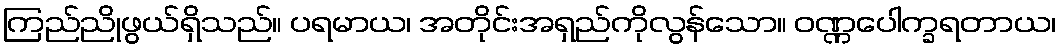
ကြည်ညိုဖွယ်ရှိသည်။ ပရမာယ၊ အတိုင်းအရှည်ကိုလွန်သော။ ဝဏ္ဏပေါက္ခရတာယ၊